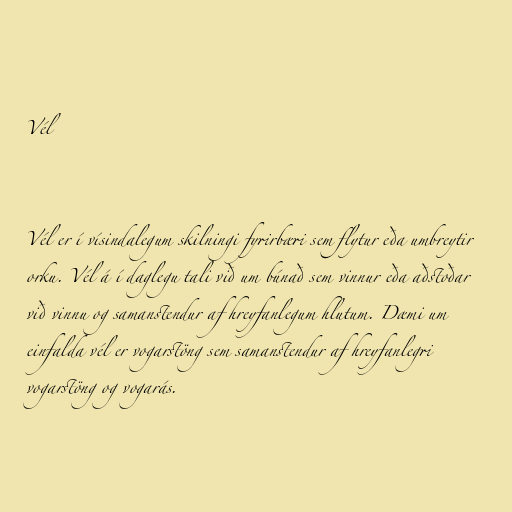
Vél

Vél er í vísindalegum skilningi fyrirbæri sem flytur eða umbreytir
orku. Vél á í daglegu tali við um búnað sem vinnur eða aðstoðar
við vinnu og samanstendur af hreyfanlegum hlutum. Dæmi um
einfalda vél er vogarstöng sem samanstendur af hreyfanlegri
vogarstöng og vogarás.